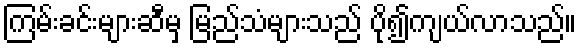
ကြမ်းခင်းများဆီမှ မြည်သံများသည် ပို၍ကျယ်လာသည်။